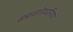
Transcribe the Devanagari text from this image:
सबज़ाोरधनिया